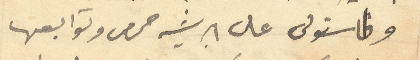
واستولى على ابرشيه حمص وتوابعها